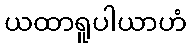
ယထာရူပါယာဟံ